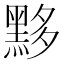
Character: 黟